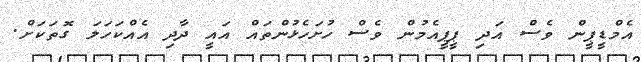
އެމްޑީޕީން ވެސް އަދި ޕީޕީއެމުން ވެސް ހުށަހެޅުންތައް އައީ ދާދި އެއްކަހަލަ ގޮތަކަށް.